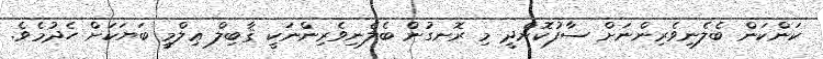
ކަންކަން ބެލެނިވެރިންނަށް ސާފުކޮށްދީ މި ރޮނގުން ބެލެނިވެރިންނަކީ ޤާބިލް ޢިލްމީ ބަޔަކަށް ހެދުމެވެ.